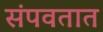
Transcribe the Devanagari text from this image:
संपवतात